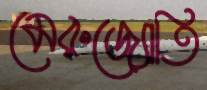
মেরুজ্যোতি